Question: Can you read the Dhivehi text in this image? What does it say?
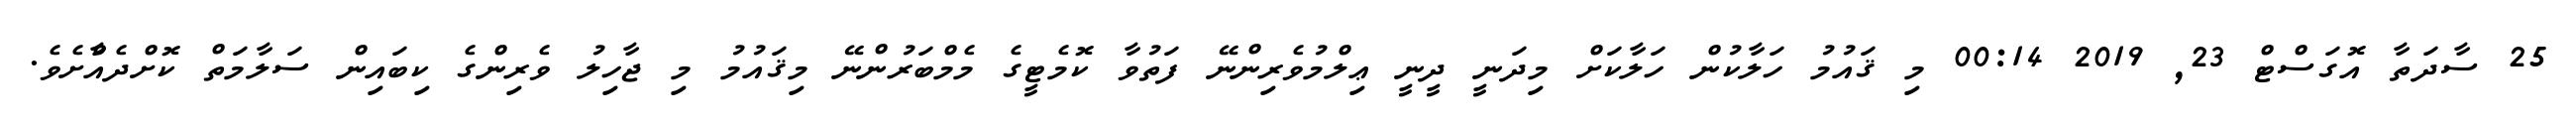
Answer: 25 ސާދަތާ އޮގަސްޓް 23, 2019 00:14 މި ޤައުމު ހަލާކުން ހަލާކަށް މިދަނީ ދީނީ ޢިލްމުވެރިންނޭ ފަތުވާ ކޮމެޓީގެ މެމްބަރުންނޭ މިޤައުމު މި ޖާހިލު ވެރިންގެ ކިބައިން ސަލާމަތް ކޮށްދެއްާށެވެ.